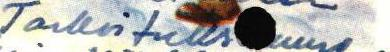
Tarkoituks nne